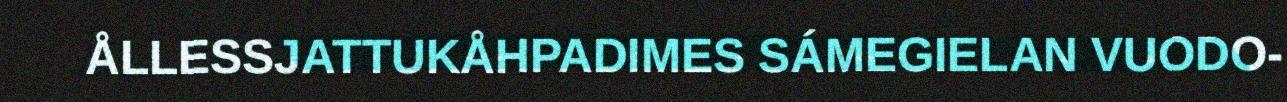
ÅLLESSJATTUKÅHPADIMES SÁMEGIELAN VUODO-